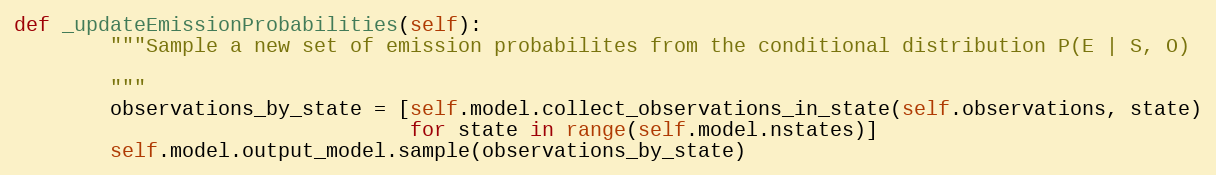
Language: Python
def _updateEmissionProbabilities(self):
        """Sample a new set of emission probabilites from the conditional distribution P(E | S, O)

        """
        observations_by_state = [self.model.collect_observations_in_state(self.observations, state)
                                 for state in range(self.model.nstates)]
        self.model.output_model.sample(observations_by_state)